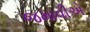
જમાવીએ